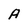
Character: A